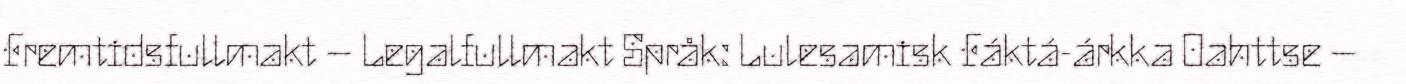
Fremtidsfullmakt – Legalfullmakt Språk: Lulesamisk Fáktá-árkka Oahttse –